Report on sanitation, dispensaries, and jails in Rajputana for 1916, and on vaccination for the year 1916-1917 - 1916-1917
Year: 1916
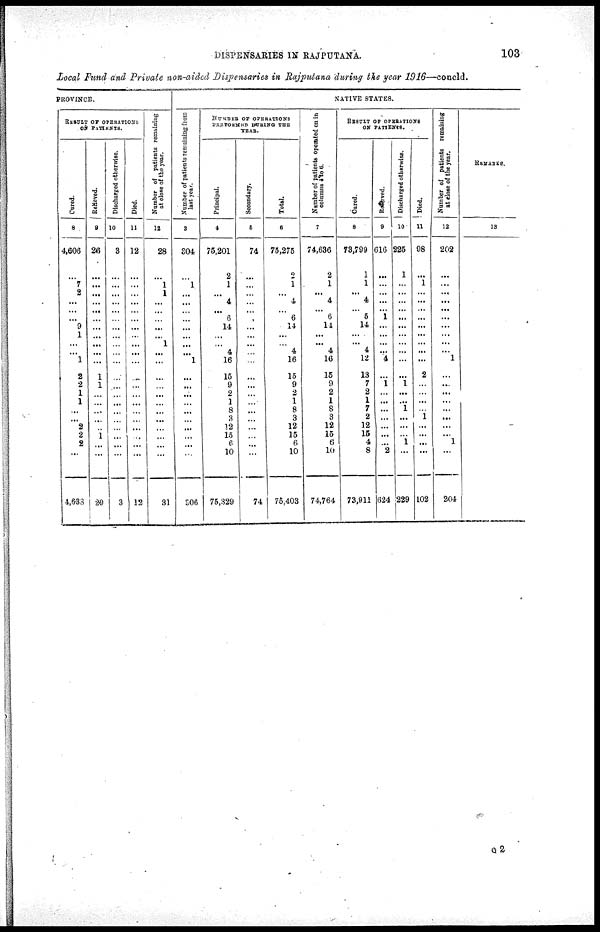
DISPENSARIES IN RAJPUTANA.
103
Local Fund and Private non-aided Dispensaries in Rajputana during the year 1916—concld.
PROVINCE.
RESULT OF OPERATIONS
ON PATIENTS.
Cured.
8
4,606
...
7
2
...
...
... 9
1
...
...
1
2
2
1
1
...
...
2
2
2
...
4,633
Relieved.
9
26
...
...
...
...
...
...
...
...
...
...
...
1
1
...
...
...
...
...
1
...
...
29
Discharged otherwise.
10
3
...
...
...
...
...
...
...
...
...
...
...
...
...
...
...
...
...
...
...
...
...
3
Died.
11
12
...
...
...
...
...
...
...
...
...
...
...
...
...
...
...
...
...
...
...
...
...
12
Number of patients remaining
at close of the year.
12
28
...
1
1
...
...
...
...
...
1
...
...
...
...
...
...
...
...
...
...
...
...
31
NATIVE STATES.
Number of patients remaining from
last year.
3
304
...
1
...
...
...
...
...
...
...
...
1
...
...
...
...
...
...
...
...
...
...
306
NUMBER OF OPERATIONS
PERFORMED DURING THE
YEAR.
Principal.
4
75,201
2
1
...
4
... 6
14
...
...
4
16
15
9
2
1
8
3
12
15
6
10
75,329
Secondary.
5
74
...
...
...
...
...
...
...
...
...
...
...
...
...
...
...
...
...
...
...
...
...
74
Total.
6
75,275
9
1
...
4
... 6
14
...
...
4
16
15
9
2
1
8
3
12
15
6
10
75,403
Number of patients operated on in
columns 4 to 6.
7
74,636
...
...
...
...
...
...
14
...
...
...
16
15
...
...
...
8
3
12
15
6
10
74,764
RESULT OF OPERATIONS
ON PATIENTS.
Cured.
8
73,799
1
1
...
4
... 5
14
...
...
4
12
13
7
2
1
7
2
12
15
4
8
73,911
Relieved.
9
616
...
...
...
...
...
1
...
...
...
...
4
...
1
...
...
...
...
...
...
... 2
624
Discharged otherwise.
10
225
1
...
...
...
...
...
...
...
...
...
...
...
1
...
...
1
...
...
...
1
...
229
Died.
11
98
...
1
...
...
...
...
...
...
...
...
...
2
...
...
...
...
1
...
...
...
...
102
Number of patients remaining
at close of the year.
12
202
...
...
...
...
...
...
...
...
...
...
1
...
....
...
...
...
...
...
...
1
...
204
REMARKS.
13